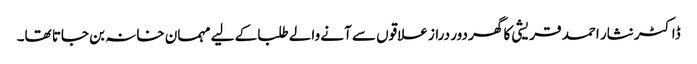
ڈاکٹر نثار احمد قریشی کا گھر دور دراز علاقوں سے آنے والے طلبا کے لیے مہمان خانہ بن جاتا تھا۔